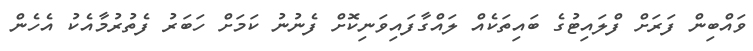
ވައްބިން ފަރަށް ފްލައިޓުގެ ބައިތަކެއް ލައްގާފައިވަނިކޮށް ފެނުނު ކަމަށް ހަބަރު ފެތުރުމާއެކު އެހެން